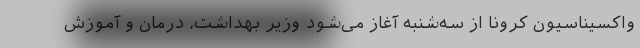
واکسیناسیون کرونا از سه‌شنبه آغاز می‌شود وزیر بهداشت، درمان و آموزش